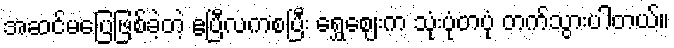
အဆင်မပြေဖြစ်ခဲ့တဲ့ ဧပြီလကစပြီး ရွှေဈေးက သုံးပုံတပုံ တက်သွားပါတယ်။